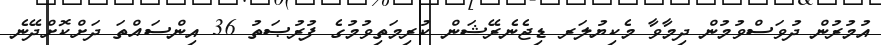
އުމުރުން ދުވަސްވުމުން ދިމާވާ މެކިޔުލަރ ޑިޖެނެރޭޝަން ކުރިމަތިވުމުގެ ފުރުޞަތު 36 އިންސައްތަ ދަށްކޮށްދޭނެ